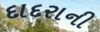
દાદરાની